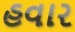
હવાર